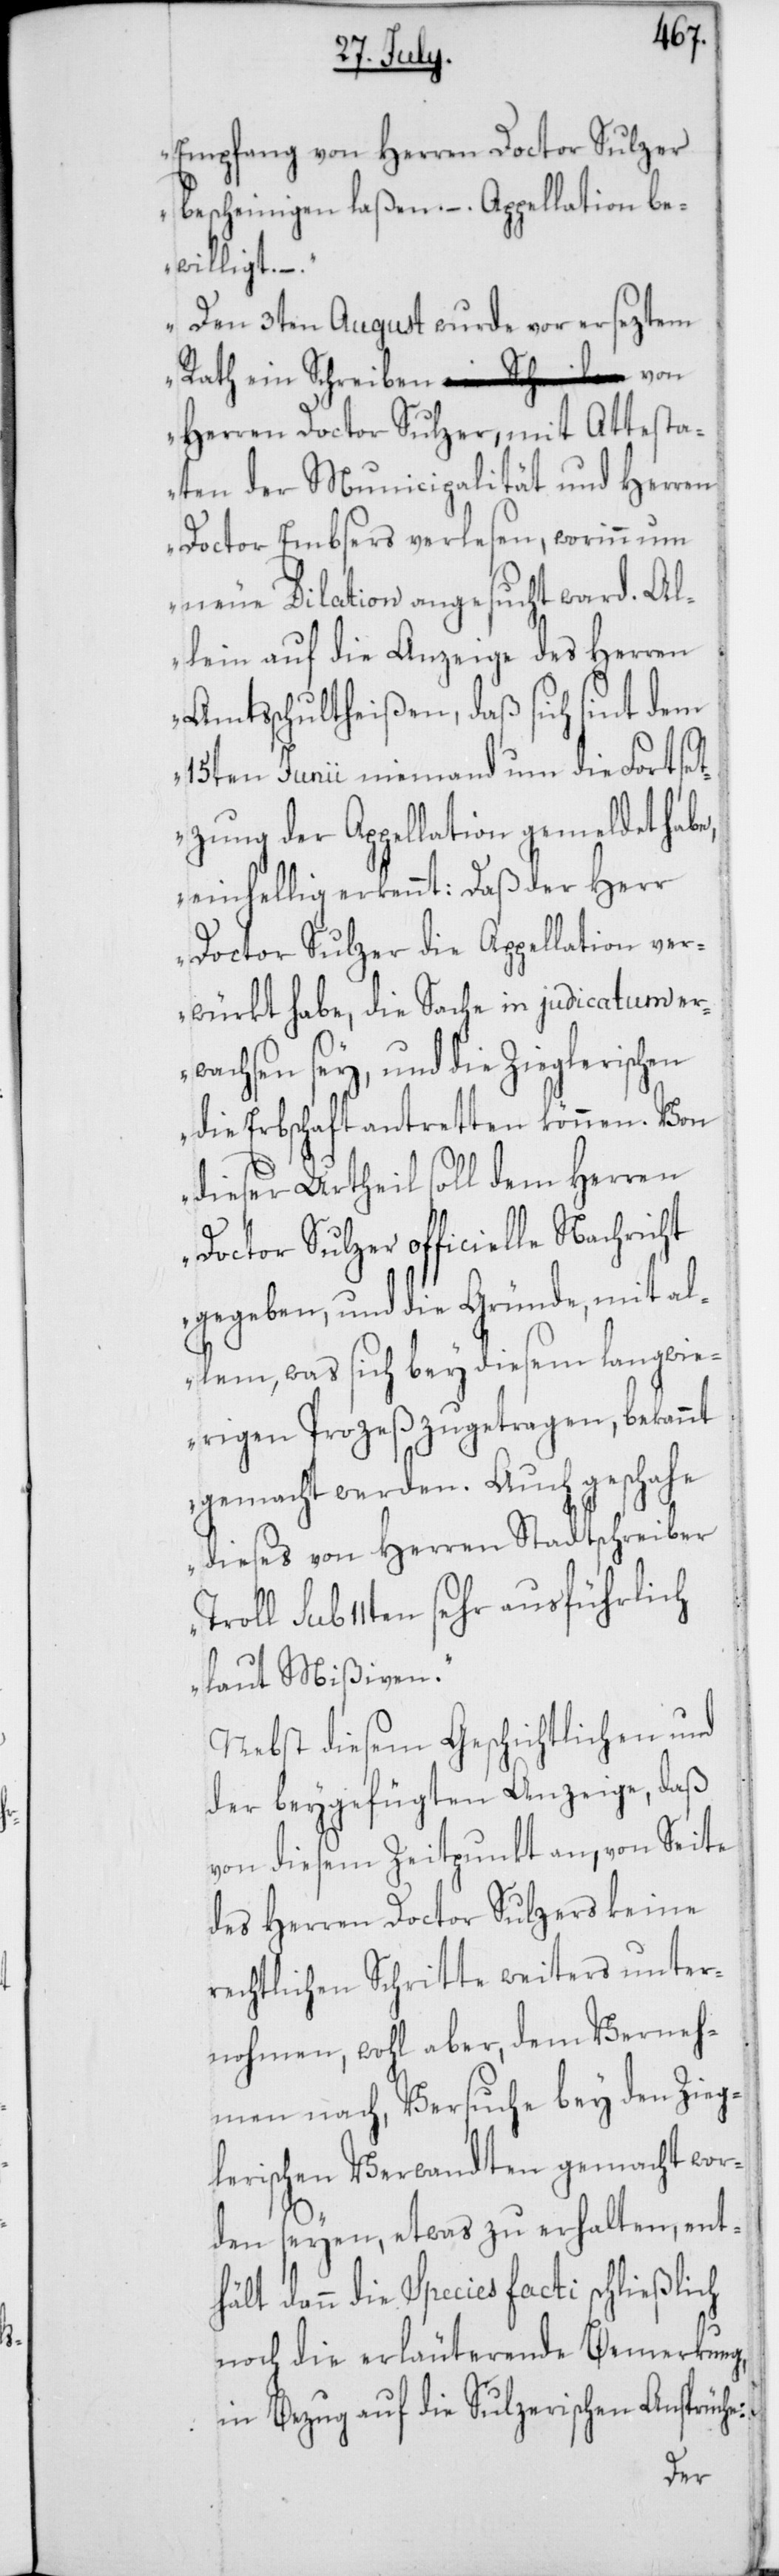
Empfang von Herren Doctor Sulzer
bescheinigen laßen.–. Appelation be¬
willigt.–.
Den 3ten August wurde vor erseztem
Rath ein Schreiben von
Herren Doctor Sulzer, mit Attesta¬
ten der Municipalität und Herren
Doctor Embsers verlesen, worinn um
neue Dilation angesucht ward. Al¬
lein auf die Anzeige des Herren
Amtsschultheißen, daß sich sint dem
15ten Junii niemand um die Fortset¬
zung der Appellation gemeldet habe,
einhellig erkennt: Daß der Herr
Doctor Sulzer die Appellation ver¬
würkt habe, die Sache in judicatum er¬
wachsen sey, und die Zieglerisch¬
die Erbschaft antretten können. Von
dieser Urtheil soll dem Herren
Doctor Sulzer officielle Nachricht
gegeben, und die Gründe, mit al¬
lem, was sich bey diesem langwie¬
rigen Prozeß zugetragen, bekannt
gemacht werden. Auch geschehe
dieses von Herren Stadtschreiber
sub 11ten sehr ausführlich
laut Mißiven.“
Nebst diesem Geschichtlichen und
der beygefügten Anzeige, daß
von diesem Zeitpunkt an, von Seite
des Herren Doctor Sulzers keine
rechtlichen Schritte weiters unter¬
nohmen, wohl aber, dem Verneh¬
men nach, Versuche bey den Zieg¬
lerischen Verwandten gemacht wor¬
den seyen, etwas zu erhalten, enth¬
ann die Species facti schließlich
noch die erläuterende Bemerkung
in Bezug auf die Sulzerischen Ansprüche:
d¬